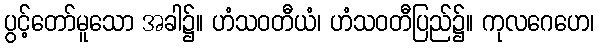
ပွင့်တော်မူသော အခါ၌။ ဟံသဝတီယံ၊ ဟံသဝတီပြည်၌။ ကုလဂေဟေ၊